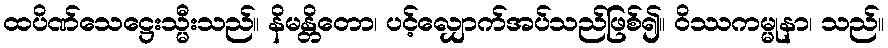
ထပိဏ်သေဋ္ဌေးသ္မီးသည်။ နိမန္တိတော၊ ပင့်လျှောက်အပ်သည်ဖြစ်၍။ ဝိဿကမ္မုနာ၊ သည်။